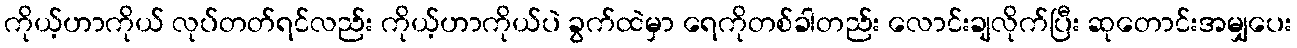
ကိုယ့်ဟာကိုယ် လုပ်တတ်ရင်လည်း ကိုယ့်ဟာကိုယ်ပဲ ခွက်ထဲမှာ ရေကိုတစ်ခါတည်း လောင်းချလိုက်ပြီး ဆုတောင်းအမျှပေး